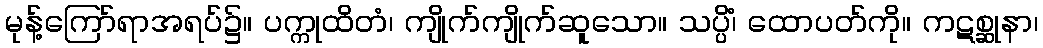
မုန့်ကြော်ရာအရပ်၌။ ပက္ကုထိတံ၊ ကျိုက်ကျိုက်ဆူသော။ သပ္ပိံ၊ ထောပတ်ကို။ ကဋစ္ဆုနာ၊